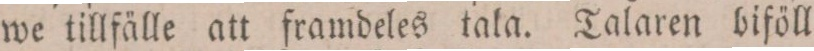
we tillfälle att framdeles tala. Talaren biföll